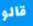
قالو